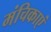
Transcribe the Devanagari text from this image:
मंचिकाएं